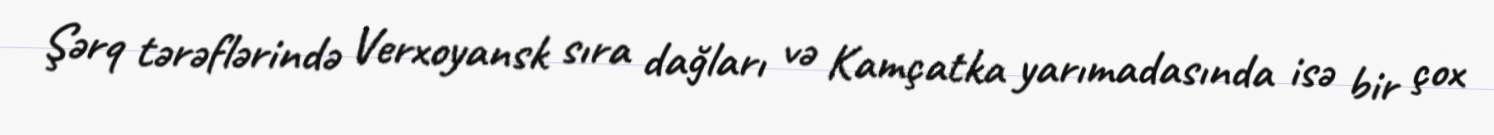
Şərq tərəflərində Verxoyansk sıra dağları və Kamçatka yarımadasında isə bir çox